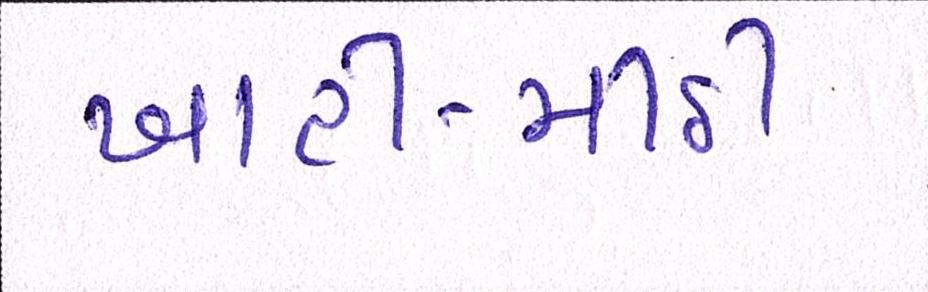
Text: ખાટી-મીઠી